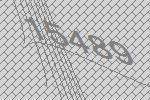
15489